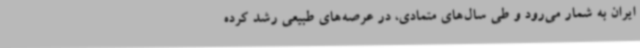
ایران به شمار می‌رود و طی سال‌های متمادی، در عرصه‌های طبیعی رشد کرده